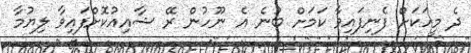
ދެ މީހަކަށް ފެނިފައިވާ ކަމަށް ބުނެ އެ ނޫހުން ރޭ ޝާއިއުކޮށްފައިވާ ލިޔުމާ